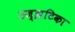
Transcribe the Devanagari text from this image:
उज्झटिका